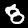
Digit: 8